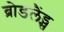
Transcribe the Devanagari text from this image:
ब्रोडलैंड्स